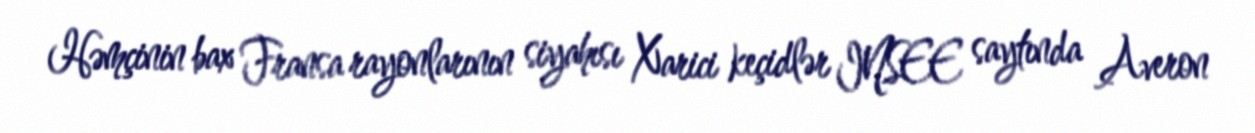
Həmçinin bax Fransa rayonlarının siyahısı Xarici keçidlər INSEE saytında Averon